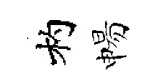
杓惕